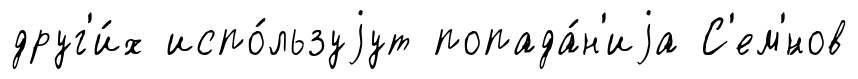
друг'и́х испо́льзуjут попада́н'иjа С'ем'́нов